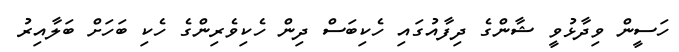
ހަސީން ވިދާޅުވީ ޝާންގެ ދިފާއުގައި ހެކިބަސް ދިން ހެކިވެރިންގެ ހެކި ބަހަށް ބަލާއިރު